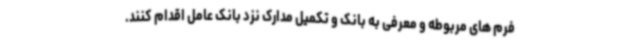
فرم های مربوطه و معرفی به بانک و تکمیل مدارک نزد بانک عامل اقدام کنند.